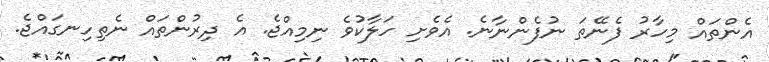
އެންތައް މިހާރު ފެނޭތަ ނުފެންނާނެ. އެވެށި ހަލާކުވެ ނިމިއްޖެ. އެ ދިރުންތައް ނެތިހިނގައްޖެ.